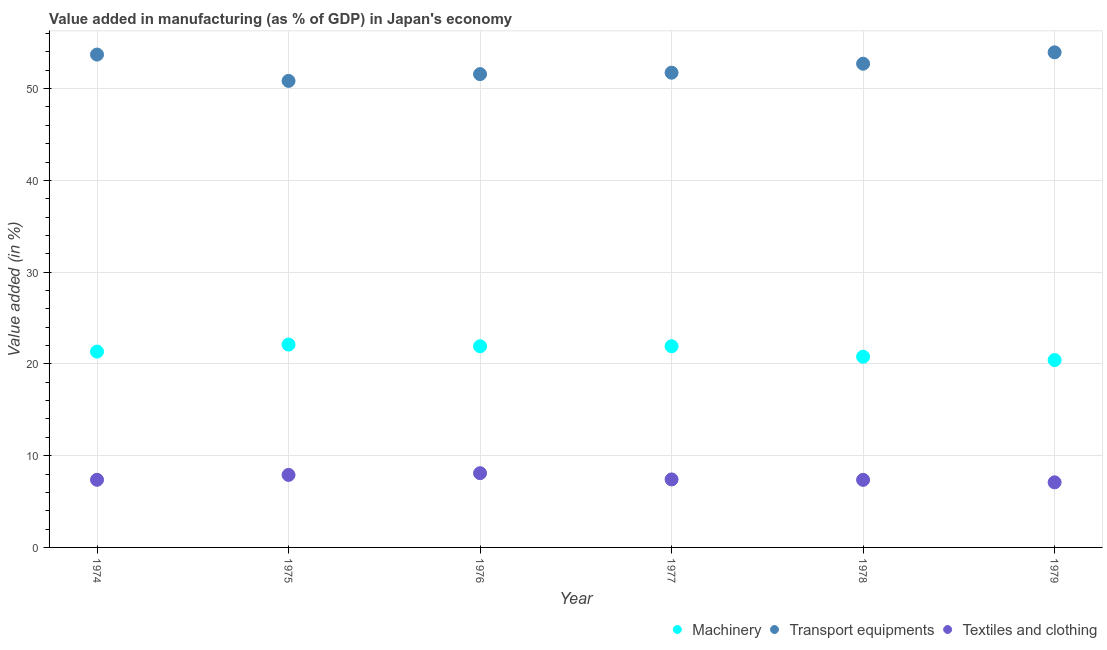
| Year | Machinery | Transport equipments | Textiles and clothing |
 | --- | --- | --- | --- |
 | 1974 | 21.3 | 53.7 | 7.37 |
 | 1975 | 22.1 | 50.8 | 7.9 |
 | 1976 | 21.9 | 51.6 | 8.09 |
 | 1977 | 21.9 | 51.7 | 7.41 |
 | 1978 | 20.8 | 52.7 | 7.36 |
 | 1979 | 20.4 | 54 | 7.09 |